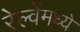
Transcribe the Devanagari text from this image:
रेल्वेंमध्ये